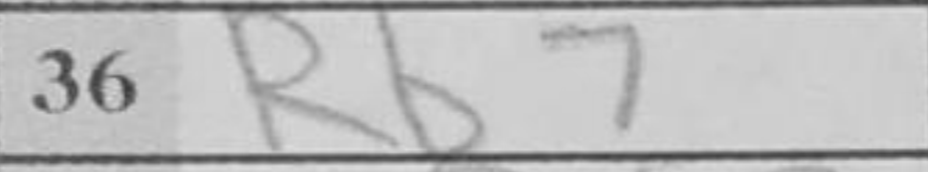
Transcription: Rb7